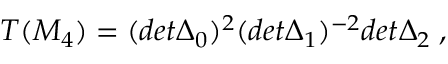
T ( M _ { 4 } ) = ( d e t \Delta _ { 0 } ) ^ { 2 } ( d e t \Delta _ { 1 } ) ^ { - 2 } d e t \Delta _ { 2 } \; ,